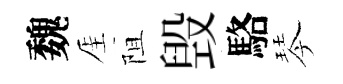
魏厓阻毁駱琴